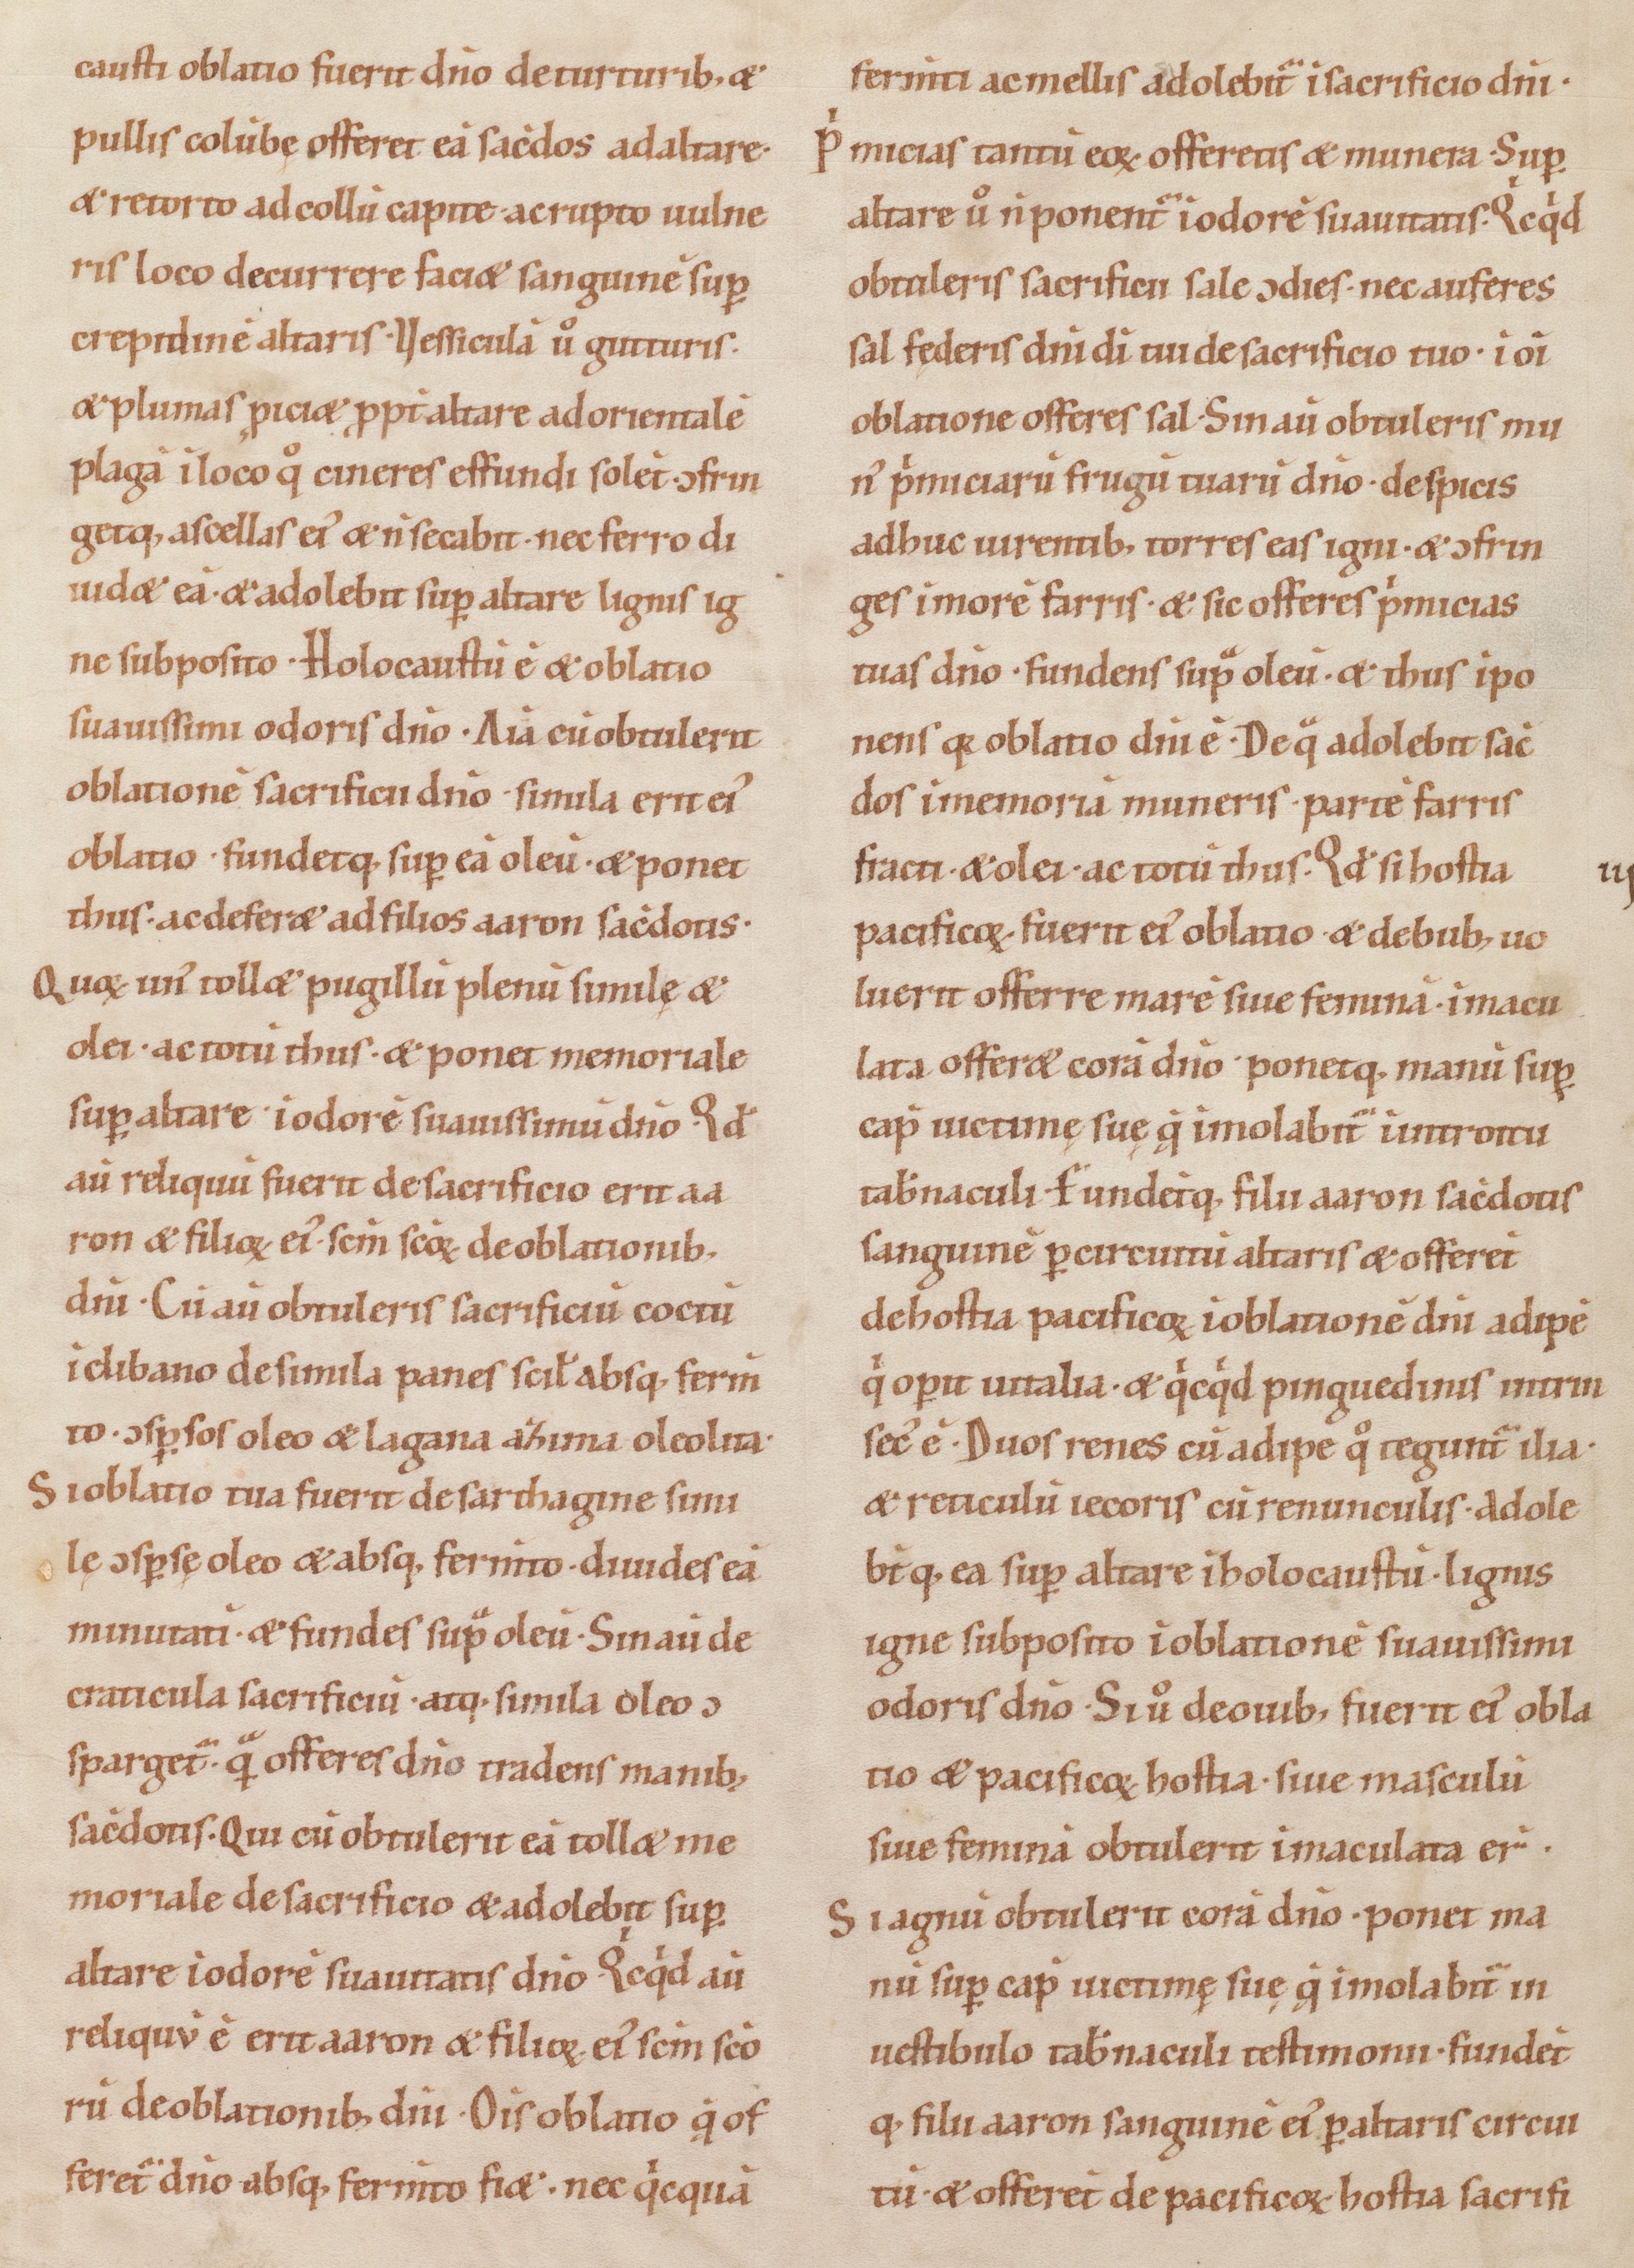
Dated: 1100–1199